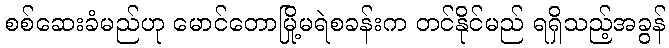
စစ်ဆေးခံမည်ဟု မောင်တောမြို့မရဲစခန်းက တင်နိုင်မည် ရရှိသည့်အခွန်